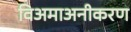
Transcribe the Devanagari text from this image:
विअमाअनीकरण